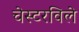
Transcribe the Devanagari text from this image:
चेस्टरविले